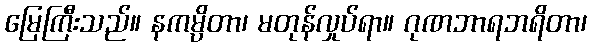
မြေကြီးသည်။ နကမ္ပိတာ၊ မတုန်လှုပ်ရာ။ ဂုဏဘာရဘရိတာ၊